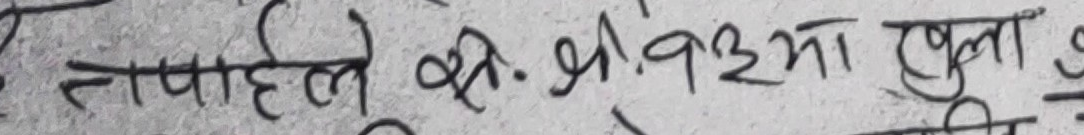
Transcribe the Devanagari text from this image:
तपाईले के. सी. ३२मा खुला ७